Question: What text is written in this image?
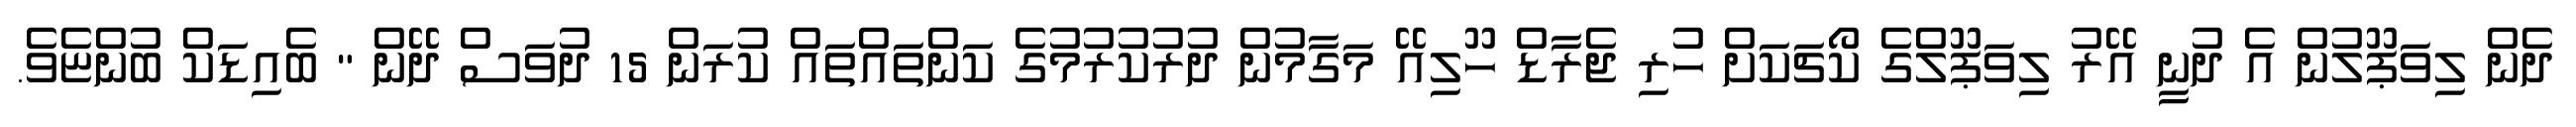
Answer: ދެން ލިވަޕޫލުން އެ ދުނީ އޭރު ލިވަޕޫލްގެ ކޯޗަކަށް ހުރި ޖެރާޑް ހޫލިއޭ މަގާމުން ދުރުކުރުމުގެ ކަންތައްތައް ކުރަން 15 ދުވަސް ދޭން " ބެއިޑަކް ބުންޏެވެ.